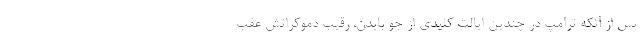
پس از آنکه ترامپ در چندین ایالت کلیدی از جو بایدن، رقیب دموکراتش عقب